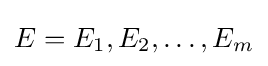
E={E_{1},E_{2},\dots ,E_{m}}